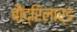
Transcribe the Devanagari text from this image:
बौद्रिलार्ड